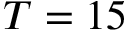
T = 1 5